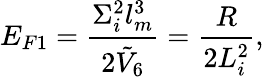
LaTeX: E_{F1}={\frac{\Sigma_{i}^{2}l_{m}^{3}}{2\tilde{V}_{6}}}={\frac{R}{2L_{i}^{2}}},